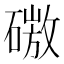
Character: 𰧜